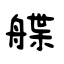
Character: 艓